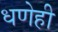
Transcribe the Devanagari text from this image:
धणेही